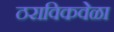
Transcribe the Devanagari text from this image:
ठराविकवेळा